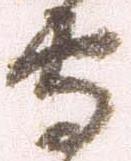
守